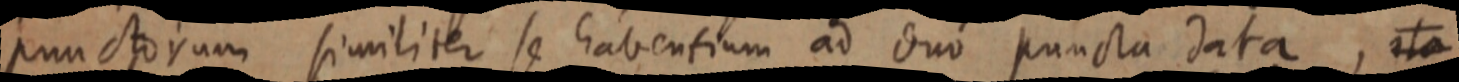
punctorum similiter se habentium ad duo puncta data, ita